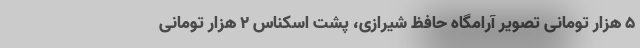
5 هزار تومانی تصویر آرامگاه حافظ شیرازی، پشت اسکناس 2 هزار تومانی